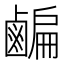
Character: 𪉱